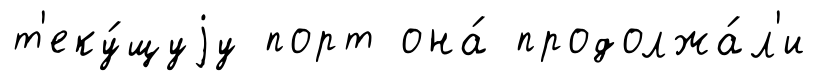
т'еку́щуjу порт она́ продолжа́л'и